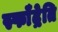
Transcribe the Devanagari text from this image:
स्फॉँद्रेति